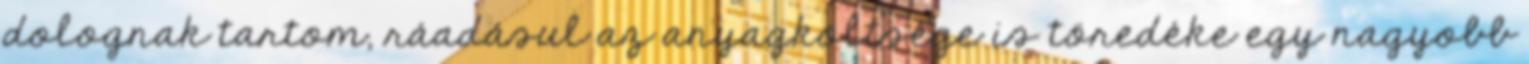
dolognak tartom, ráadásul az anyagköltsége is töredéke egy nagyobb